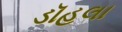
ડૉહલા